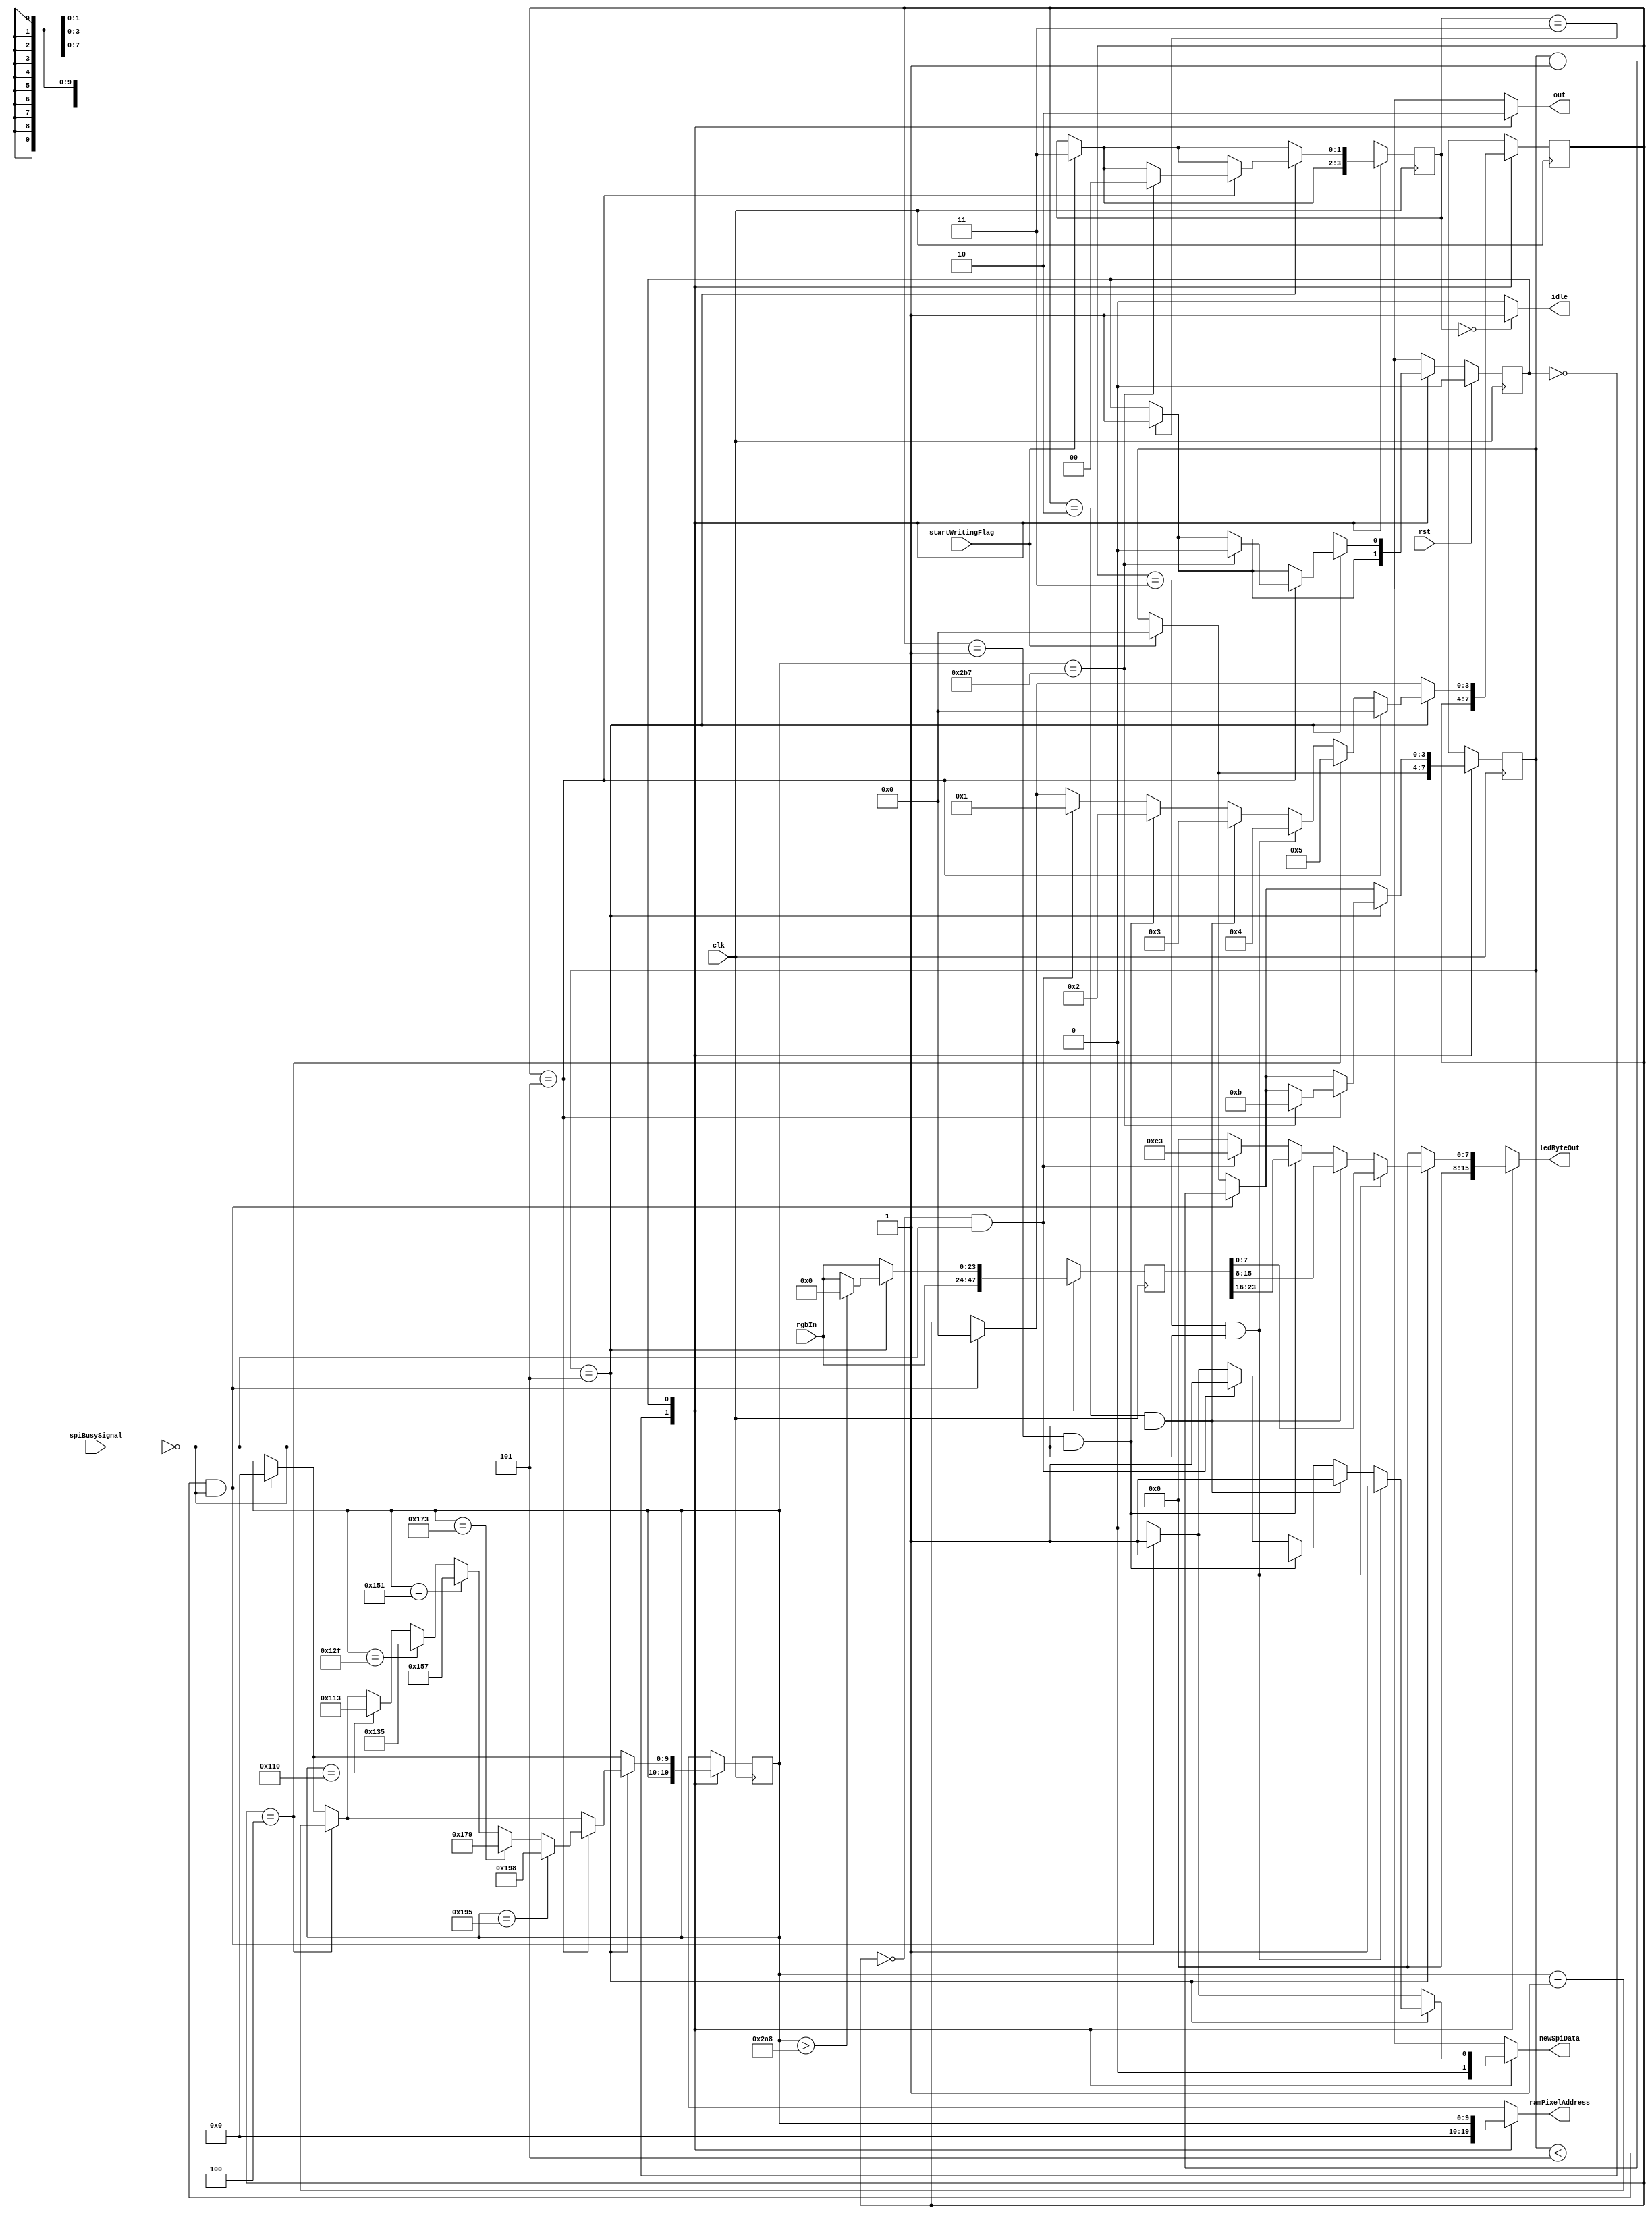
/*
   This file was generated automatically by the Mojo IDE version B1.3.6.
   Do not edit this file directly. Instead edit the original Lucid source.
   This is a temporary file and any changes made to it will be destroyed.
*/

module panel_14_18 (
    input clk,
    input rst,
    input spiBusySignal,
    output reg newSpiData,
    output reg [7:0] ledByteOut,
    output reg [9:0] ramPixelAddress,
    output reg idle,
    input [23:0] rgbIn,
    input startWritingFlag,
    output reg out
  );
  
  
  
  localparam IDLE_state = 1'd0;
  localparam WRITE_state = 1'd1;
  
  reg M_state_d, M_state_q = IDLE_state;
  reg [3:0] M_ledStartBitCounter_d, M_ledStartBitCounter_q = 1'h0;
  reg [3:0] M_rgbCounter_d, M_rgbCounter_q = 1'h0;
  reg [9:0] M_pixelAddress_d, M_pixelAddress_q = 1'h0;
  reg [1:0] M_panelControl1_d, M_panelControl1_q = 1'h0;
  reg [23:0] M_rgbPixels_d, M_rgbPixels_q = 1'h0;
  
  always @* begin
    M_state_d = M_state_q;
    M_ledStartBitCounter_d = M_ledStartBitCounter_q;
    M_panelControl1_d = M_panelControl1_q;
    M_rgbPixels_d = M_rgbPixels_q;
    M_pixelAddress_d = M_pixelAddress_q;
    M_rgbCounter_d = M_rgbCounter_q;
    
    out = 1'h0;
    idle = 1'h0;
    newSpiData = 1'h0;
    ledByteOut = 1'h0;
    ramPixelAddress = 1'h0;
    M_rgbPixels_d[0+23-:24] = rgbIn;
    if (M_panelControl1_q == 1'h0) begin
      idle = 1'h1;
    end
    if (startWritingFlag == 1'h1) begin
      M_panelControl1_d = 2'h3;
      M_ledStartBitCounter_d = 1'h0;
    end
    if (M_panelControl1_q == 2'h3) begin
      M_state_d = WRITE_state;
    end
    
    case (M_state_q)
      IDLE_state: begin
        out = 1'h1;
      end
      WRITE_state: begin
        ramPixelAddress = M_pixelAddress_q;
        if (M_ledStartBitCounter_q < 3'h5 && !spiBusySignal) begin
          ledByteOut = 8'h00;
          newSpiData = 1'h1;
          M_ledStartBitCounter_d = M_ledStartBitCounter_q + 1'h1;
          M_pixelAddress_d = 1'h0;
          M_rgbCounter_d = 1'h0;
        end
        if (M_ledStartBitCounter_q == 3'h5) begin
          if (M_pixelAddress_q > 10'h2a8) begin
            M_rgbPixels_d = 1'h0;
          end
          if (M_rgbCounter_q == 1'h0 && !spiBusySignal) begin
            ledByteOut = 8'he3;
            newSpiData = 1'h1;
            M_rgbCounter_d = 1'h1;
          end
          if (M_rgbCounter_q == 1'h1 && !spiBusySignal) begin
            ledByteOut = M_rgbPixels_q[16+7-:8];
            newSpiData = 1'h1;
            M_rgbCounter_d = 2'h2;
          end
          if (M_rgbCounter_q == 2'h2 && !spiBusySignal) begin
            ledByteOut = M_rgbPixels_q[8+7-:8];
            newSpiData = 1'h1;
            M_rgbCounter_d = 2'h3;
          end
          if (M_rgbCounter_q == 2'h3 && !spiBusySignal) begin
            ledByteOut = M_rgbPixels_q[0+7-:8];
            newSpiData = 1'h1;
            M_rgbCounter_d = 3'h4;
          end
          if (M_rgbCounter_q == 3'h4) begin
            M_pixelAddress_d = M_pixelAddress_q + 1'h1;
            M_rgbCounter_d = 3'h5;
          end
          if (M_rgbCounter_q == 3'h5) begin
            M_rgbCounter_d = 1'h0;
            if (M_pixelAddress_q == 9'h110) begin
              M_pixelAddress_d = 9'h113;
            end
            if (M_pixelAddress_q == 9'h12f) begin
              M_pixelAddress_d = 9'h135;
            end
            if (M_pixelAddress_q == 9'h151) begin
              M_pixelAddress_d = 9'h157;
            end
            if (M_pixelAddress_q == 9'h173) begin
              M_pixelAddress_d = 9'h179;
            end
            if (M_pixelAddress_q == 9'h195) begin
              M_pixelAddress_d = 9'h198;
            end
            if (M_pixelAddress_q == 10'h2b7) begin
              M_ledStartBitCounter_d = 4'hb;
              M_panelControl1_d = 1'h0;
              M_state_d = IDLE_state;
            end
          end
        end
      end
    endcase
  end
  
  always @(posedge clk) begin
    M_ledStartBitCounter_q <= M_ledStartBitCounter_d;
    M_rgbCounter_q <= M_rgbCounter_d;
    M_pixelAddress_q <= M_pixelAddress_d;
    M_panelControl1_q <= M_panelControl1_d;
    M_rgbPixels_q <= M_rgbPixels_d;
    
    if (rst == 1'b1) begin
      M_state_q <= 1'h0;
    end else begin
      M_state_q <= M_state_d;
    end
  end
  
endmodule